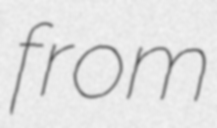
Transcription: from